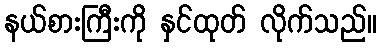
နယ်စားကြီးကို နှင်ထုတ် လိုက်သည်။